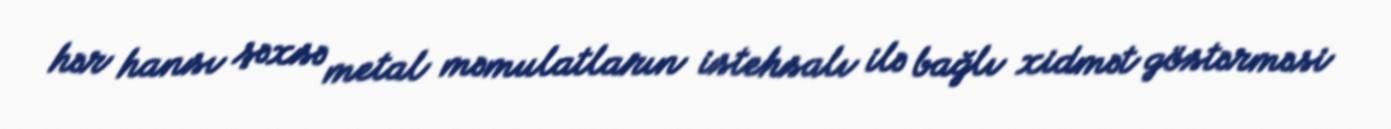
hər hansı şəxsə metal məmulatların istehsalı ilə bağlı xidmət göstərməsi